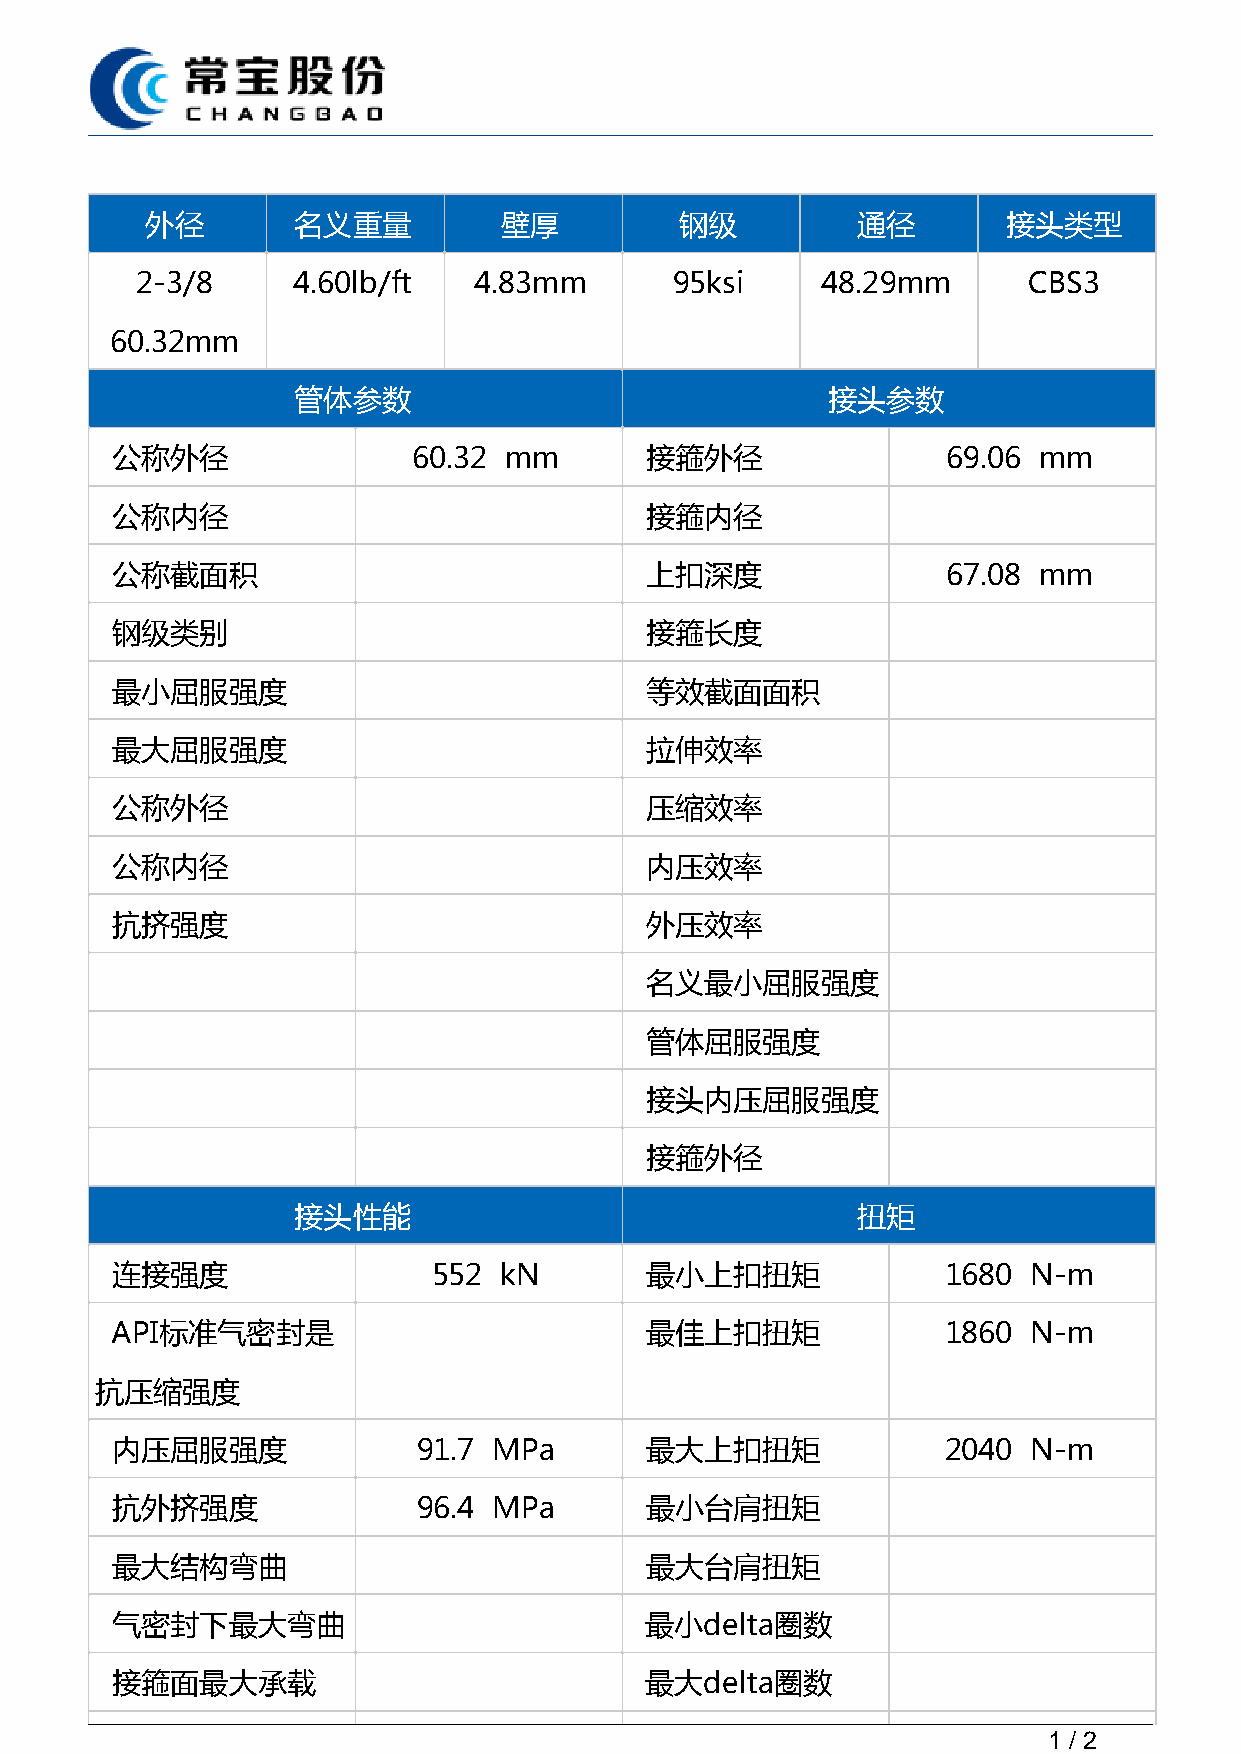
外径       名义重量          壁厚          钢级          通径        接头类型
 2-3/8     4.60lb/ft   4.83mm        95ksi    48.29mm       CBS3
 60.32mm
 管体参数                                接头参数
 公称外径                60.32 mm        接箍外径                69.06 mm
 公称内径                                接箍内径
 公称截面积                               上扣深度                67.08 mm
 钢级类别                                接箍长度
 最小屈服强度                              等效截面面积
 最大屈服强度                              拉伸效率
 公称外径                                压缩效率
 公称内径                                内压效率
 抗挤强度                                外压效率
 名义最小屈服强度
 管体屈服强度
 接头内压屈服强度
 接箍外径
 接头性能                                  扭矩
 连接强度                  552 kN        最小上扣扭矩              1680 N-m
 API标准气密封是                           最佳上扣扭矩              1860 N-m
 抗压缩强度
 内压屈服强度               91.7 MPa       最大上扣扭矩              2040 N-m
 抗外挤强度                96.4 MPa       最小台肩扭矩
 最大结构弯曲                              最大台肩扭矩
 气密封下最大弯曲                            最小delta圈数
 接箍面最大承载                             最大delta圈数
 1 / 2